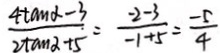
\frac { 4 \tan \alpha - 3 } { 2 + \tan 2 + 5 } = \frac { - 2 - 3 } { - 1 + 5 } = \frac { - 5 } { 4 }